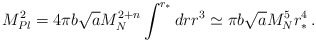
\begin{align*}M_{Pl}^2 = 4\pi b\sqrt{a}M_N^{2+n}\int^{r_*}dr r^3\simeq \pi b\sqrt{a}M_N^5r_*^4\,.\end{align*}